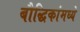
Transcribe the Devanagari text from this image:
बौद्धिकांमध्ये